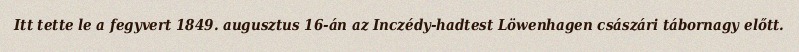
Itt tette le a fegyvert 1849. augusztus 16-án az Inczédy-hadtest Löwenhagen császári tábornagy előtt.